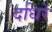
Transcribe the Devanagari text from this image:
दधिरे